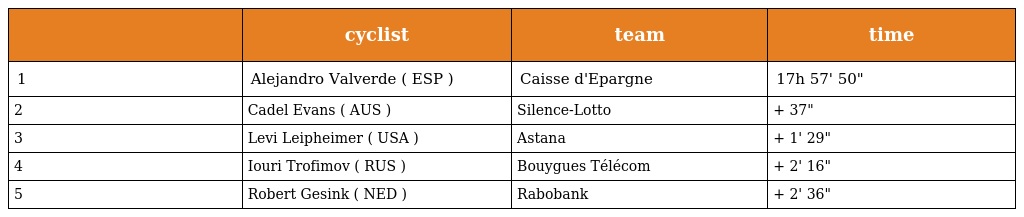
|  | cyclist | team | time |
 | --- | --- | --- | --- |
 | 1 | Alejandro Valverde ( ESP ) | Caisse d'Epargne | 17h 57' 50" |
 | 2 | Cadel Evans ( AUS ) | Silence-Lotto | + 37" |
 | 3 | Levi Leipheimer ( USA ) | Astana | + 1' 29" |
 | 4 | Iouri Trofimov ( RUS ) | Bouygues Télécom | + 2' 16" |
 | 5 | Robert Gesink ( NED ) | Rabobank | + 2' 36" |